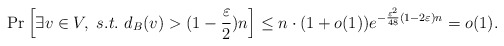
\begin{align*}\Pr\left[\exists v\in V,~s.t.~d_B(v)> (1-\frac {\varepsilon}2)n\right]\leq n\cdot (1+o(1))e^{-\frac {\varepsilon^2}{48}(1-2\varepsilon)n}=o(1).\end{align*}